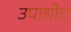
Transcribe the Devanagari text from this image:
उपाधीच